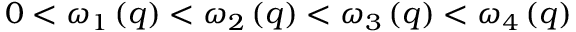
\begin{array} { r } { 0 < \omega _ { 1 } \left( q \right) < \omega _ { 2 } \left( q \right) < \omega _ { 3 } \left( q \right) < \omega _ { 4 } \left( q \right) } \end{array}